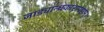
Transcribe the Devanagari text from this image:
जाड्यान्धकारापहाम्‌।